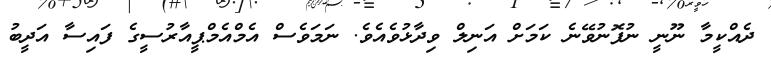
ދެއްކީމާ ނޫނީ ނުފޮނުވޭނެ ކަމަށް އަނިލް ވިދާޅުވެއެވެ. ނަމަވެސް އެމްއެމްޕީއާރުސީގެ ފައިސާ އަދީބު